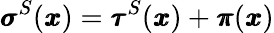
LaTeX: {\pmb\sigma}^{S}({\pmb x})={\pmb\tau}^{S}({\pmb x})+{\pmb\pi}({\pmb x})